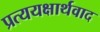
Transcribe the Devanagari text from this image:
प्रत्ययक्षार्थवाद